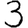
Digit: 3